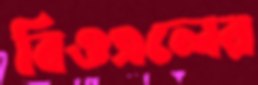
বিওএলের